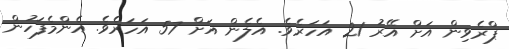
ޕްރެވިން އަށް އޭރު 21 އަހަރެވެ. އެލެން އަށް 57 އަހަރެވެ. އެންމެފަހުން